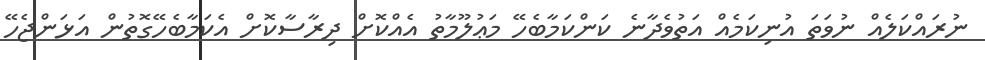
ނުރައްކަލެއް ނުވަތަ އުނިކަމެއް އަތުވެދާނެ ކަންކަމާބެހޭ މަޢުލޫމާތު އެއްކޮށް ދިރާސާކޮށް އެކަމާބެހޭގޮތުން އަޅަންޖެހޭ